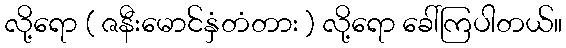
လို့ရော ( ဇနီးမောင်နှံတံတား ) လို့ရော ခေါ်ကြပါတယ်။